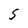
Character: S